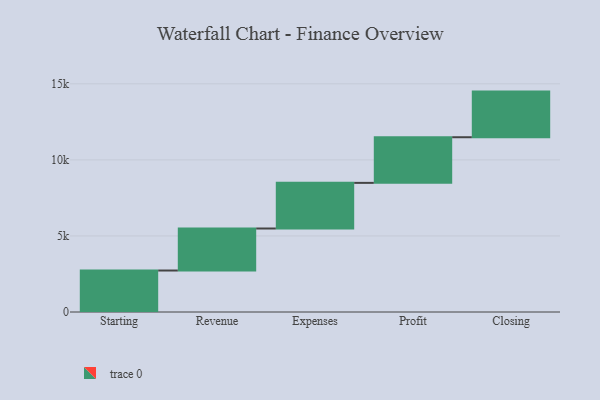
{"axis": {"x": "Step", "y": "Value"}, "legend": [""], "data": [{"x": "Starting", "y": 2727.0, "type": ""}, {"x": "Revenue", "y": 2762.0, "type": ""}, {"x": "Expenses", "y": 3000, "type": ""}, {"x": "Profit", "y": 3000, "type": ""}, {"x": "Closing", "y": 3000, "type": ""}]}